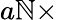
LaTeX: a\mathbb{N}\times